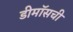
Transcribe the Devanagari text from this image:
डीमॉसची